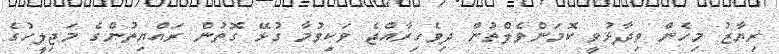
ރިޔާޒު މިހެން ވިދާޅުވީ ކޮމަންވެލްތުން ދިވެހިރާއްޖެ ވަކިވުމާ ގުޅޭ ގޮތުން ރައްޔިތުންގެ މަޖިލީހުގެ